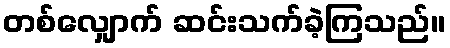
တစ်လျှောက် ဆင်းသက်ခဲ့ကြသည်။